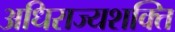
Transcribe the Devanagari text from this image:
अधिराज्यशक्ति